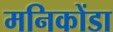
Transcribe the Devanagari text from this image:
मनिकोंडा